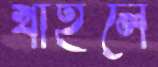
খাইলে